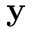
\textbf { y }